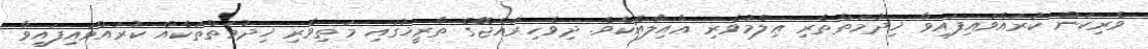
ވެރިކަން ކުރައްވައިފައިވާ ޚިދުމަތްތެރި ޢިލްމުވެރި ޢާއިލާއެކެވެ. ދިވެހިރާއްޖޭގެ ތާރީޚުގައި މަތިވެރި ޚިދުމަތްތަކެއް ކުރައްވައިފައިވާ